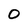
Character: O